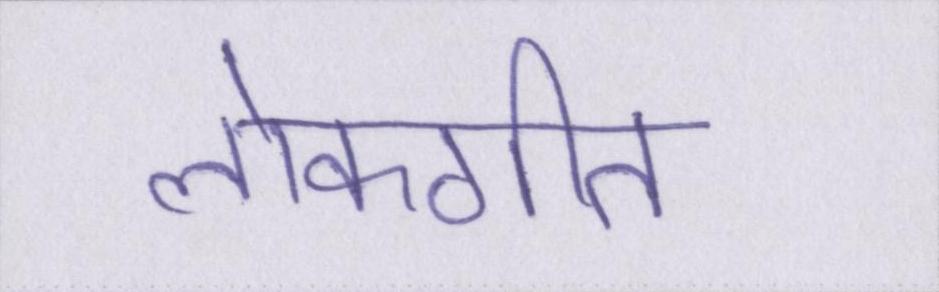
लोकगीत